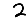
Digit: 2